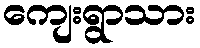
ကျေးရွာသား